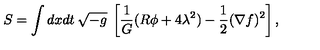
S = \int d x d t \: \sqrt { - { g } } \: \left[ \frac { 1 } { G } ( R \phi + 4 \lambda ^ { 2 } ) - \frac { 1 } { 2 } ( \nabla f ) ^ { 2 } \right] ,